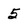
Character: 5